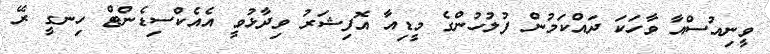
ވީނިއުސްއާ ވާހަކަ ދައްކަމުން ފުލުހުންގެ މީޑިއާ އޮފިޝަރު ވިދާޅުވީ އެއެކްސިޑެންޓް ހިނގީ ރޭ